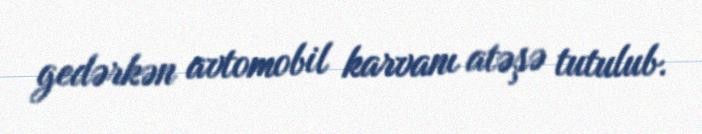
gedərkən avtomobil karvanı atəşə tutulub.